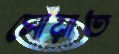
সোয়াত